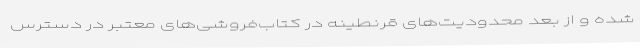
شده و از بعد محدودیت‌های قرنطینه در کتاب‌فروشی‌های معتبر در دسترس